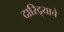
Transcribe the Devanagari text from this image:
दारिद्र्याचे